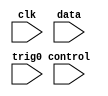
//////////////////////////////////////////////////////////////////////////////////
// Company:
// Engineer:
//
// Design Name:
// Module Name:    ila_4kx32
// Project Name:
// Target Devices:
// Tool versions:
// Description:
//
// Dependencies:
//
// Revision:
// Revision 0.01 - File Created
// Additional Comments:
//
//////////////////////////////////////////////////////////////////////////////////

module ila_4kx32  (
    input [35:0] control,
    input clk,
    input [31:0] data,
    input [31:0] trig0
    );
endmodule